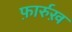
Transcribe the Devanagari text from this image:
फ़ार्रुख़